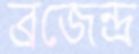
ব্রজেন্দ্র